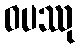
ဝပဿု